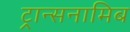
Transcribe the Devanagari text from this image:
ट्रान्सनामिब